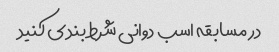
در مسابقه اسب دوانی شرط بندی کنید